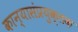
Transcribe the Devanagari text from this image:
कान्यासंप्रयुक्तक